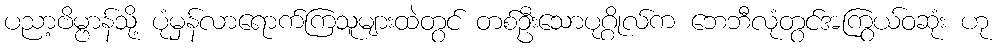
ပညာ့ဗိမ္ဗာန်သို့ ပုံမှန်လာရောက်ကြသူများထဲတွင် တစ်ဦးသောပုဂ္ဂိုလ်က ဘေဘီလုံတွင်အကြွယ်ဝဆုံး ဟု